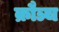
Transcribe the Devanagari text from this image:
क्रौञ्च